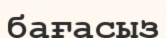
бағасыз